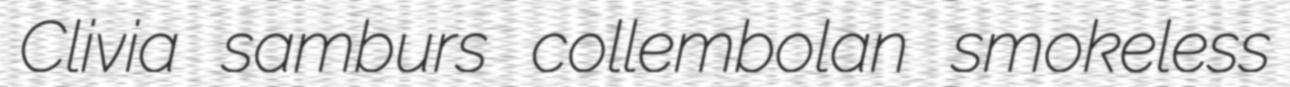
Clivia samburs collembolan smokeless